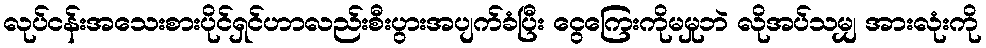
လုပ်ငန်းအသေးစားပိုင်ရှင်ဟာလည်းစီးပွားအပျက်ခံပြီး ငွေကြေးကိုမမှုဘဲ လိုအပ်သမျှ အားလုံးကို